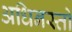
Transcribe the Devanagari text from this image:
अधिनस्तो